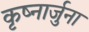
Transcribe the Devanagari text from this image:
कृष्नार्जुना